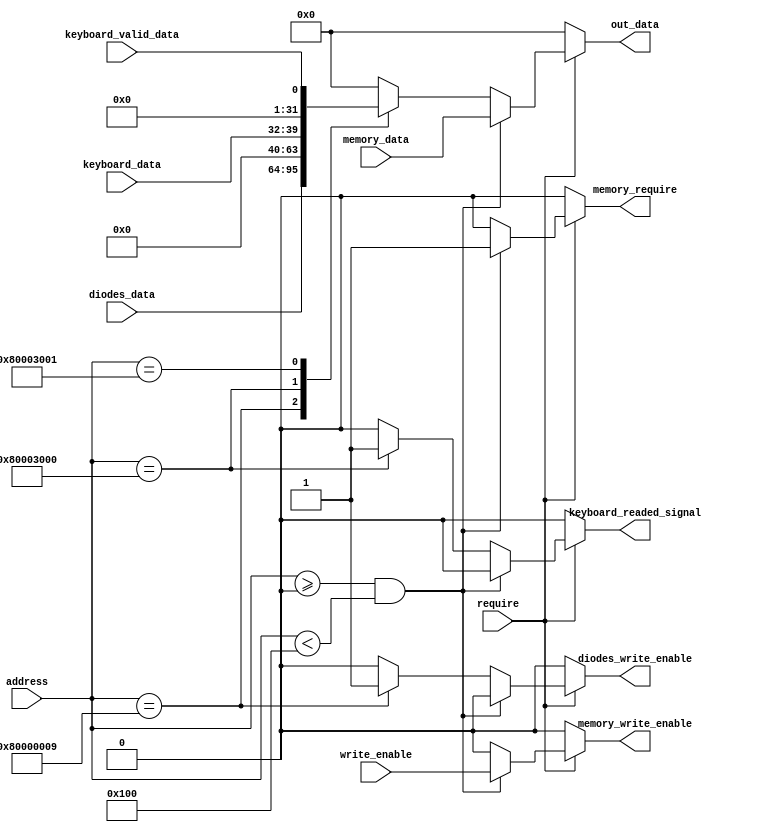
module AddressDecoder
#(
  parameter RAM_SIZE = 256
)
(
  input write_enable, require,
  input [31: 0] address,
    
  output reg    memory_require, memory_write_enable,
  input [31: 0] memory_data,
    
  output reg    diodes_write_enable,
  input [31: 0] diodes_data,
   
  input [7: 0] keyboard_data,
  input        keyboard_valid_data,
  output reg   keyboard_readed_signal,
    
  output reg [31: 0] out_data
);

  always @(*) begin
    memory_require         <= 1'b0;
    memory_write_enable    <= 1'b0;
    diodes_write_enable    <= 1'b0;
    keyboard_readed_signal <= 1'b0;
    out_data               <= 32'b0;
    if (require) begin
      if (address >= 32'b0 && address < RAM_SIZE) begin
        memory_write_enable <= write_enable;
        memory_require      <= 1'b1;
        out_data            <= memory_data;
      end else begin
    	case(address)
    	  32'h80000009: out_data <= diodes_data;
    	  32'h80003000: out_data <= {24'b0, keyboard_data};
          32'h80003001: out_data <= {31'b0, keyboard_valid_data};
          default:      out_data <= 32'b0;
        endcase
        case(address)
    	  32'h80000009: diodes_write_enable    <= 1'b1;
    	  32'h80003000: keyboard_readed_signal <= 1'b1;
        endcase
      end
    end
  end
endmodule